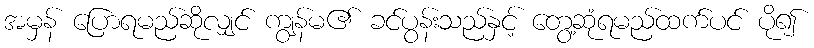
အမှန် ပြောရမည်ဆိုလျှင် ကျွန်မ၏ ခင်ပွန်းသည်နှင့် တွေ့ဆုံရမည်ထက်ပင် ပို၍